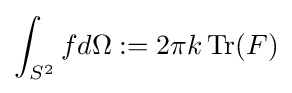
\int _{S^{2}}fd\Omega :=2\pi k\,{\text{Tr}}(F)